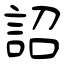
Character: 詔